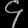
Digit: ၄